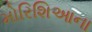
મોરિશિઆના